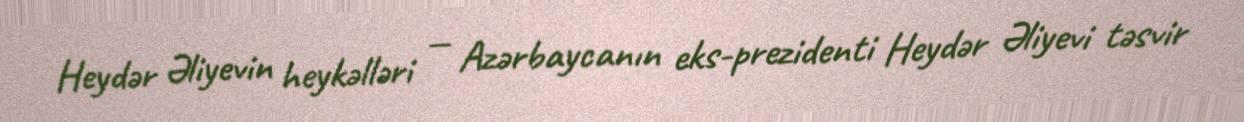
Heydər Əliyevin heykəlləri — Azərbaycanın eks-prezidenti Heydər Əliyevi təsvir